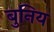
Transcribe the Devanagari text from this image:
बुनिय